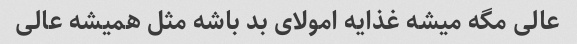
عالی مگه میشه غذایه امولای بد باشه مثل همیشه عالی